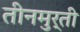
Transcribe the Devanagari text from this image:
तीनमुर्ती